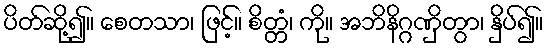
ပိတ်ဆို့၍။ စေတသာ၊ ဖြင့်။ စိတ္တံ၊ ကို။ အဘိနိဂ္ဂဏှိတွာ၊ နှိပ်၍။